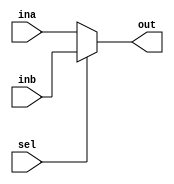
`timescale 1ns / 1ps

module mux2_1(input [31:0] ina, inb, input sel, output [31:0] out
    );
    reg [31:0] aux;
    always@(ina, inb, sel) begin
        aux = (sel == 0) ? ina : inb;
    end
    assign out = aux;
endmodule